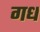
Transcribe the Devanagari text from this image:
गध